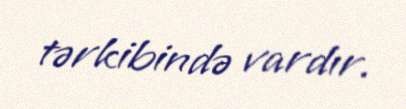
tərkibində vardır.